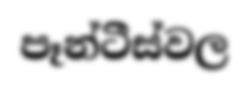
පෑන්ටීස්වල